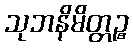
သုဘနိမိတ္တဉ္စ